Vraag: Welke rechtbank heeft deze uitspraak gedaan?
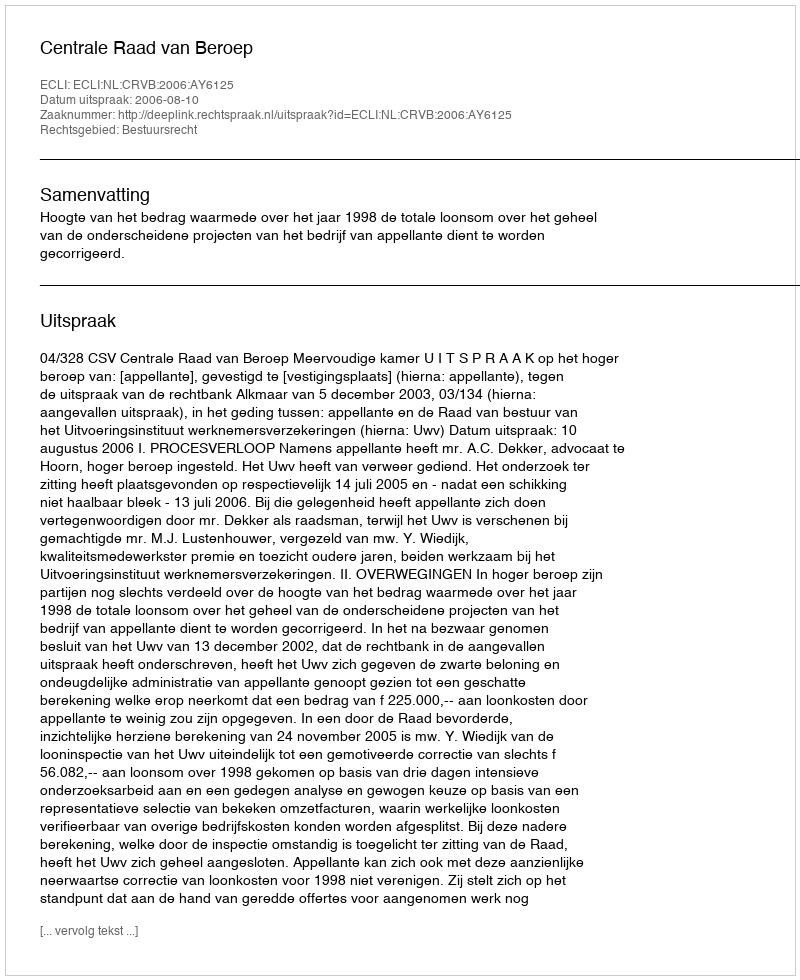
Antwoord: Centrale Raad van Beroep